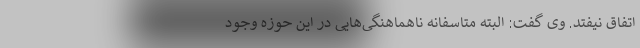
اتفاق نیفتد. وی گفت: البته متاسفانه ناهماهنگی‌هایی در این حوزه وجود